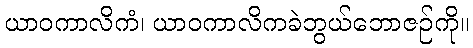
ယာဝကာလိကံ၊ ယာဝကာလိကခဲဘွယ်ဘောဇဉ်ကို။